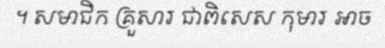
។ សមាជិក គ្រួសារ ជាពិសេស កុមារ អាច